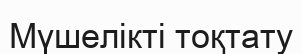
Мүшелікті тоқтату